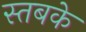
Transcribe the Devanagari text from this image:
स्तबके